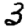
Digit: 3